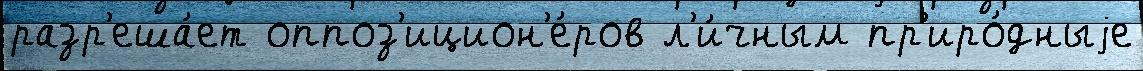
разр'еша́ет оппоз'ицион'е́ров л'и́чным пр'иро́дныjе